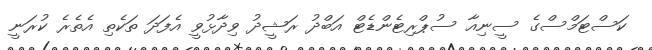
ކަސްޓަމްސްގެ ސީނިއާ ސުޕްރިޓެންޑެޓް އަބްދު ރަޝީދު ވިދާޅުވީ އެފަދަ ތަކެތި އެތެރެ ކުރަނީ